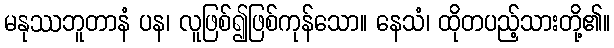
မနုဿဘူတာနံ ပန၊ လူဖြစ်၍ဖြစ်ကုန်သော။ နေသံ၊ ထိုတပည့်သားတို့၏။